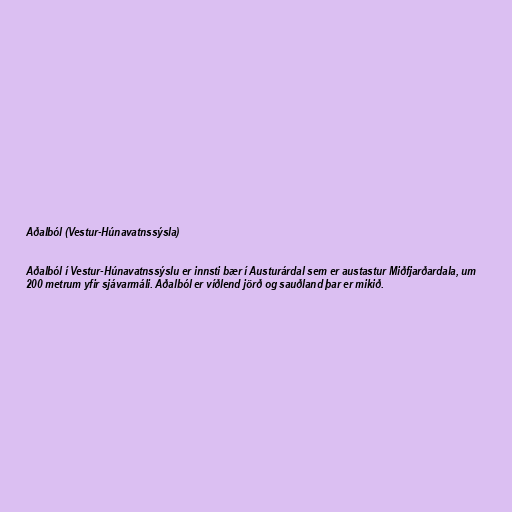
Aðalból (Vestur-Húnavatnssýsla)

Aðalból í Vestur-Húnavatnssýslu er innsti bær í Austurárdal sem er austastur Miðfjarðardala, um
200 metrum yfir sjávarmáli. Aðalból er víðlend jörð og sauðland þar er mikið.